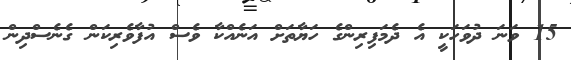
15 ވަނަ ދުވަހަކީ އެ ދެމަފިރިންގެ ހަޔާތަށް އަނެއްކާ ވެސް އުފާވެރިކަން ގެނެސްދިން